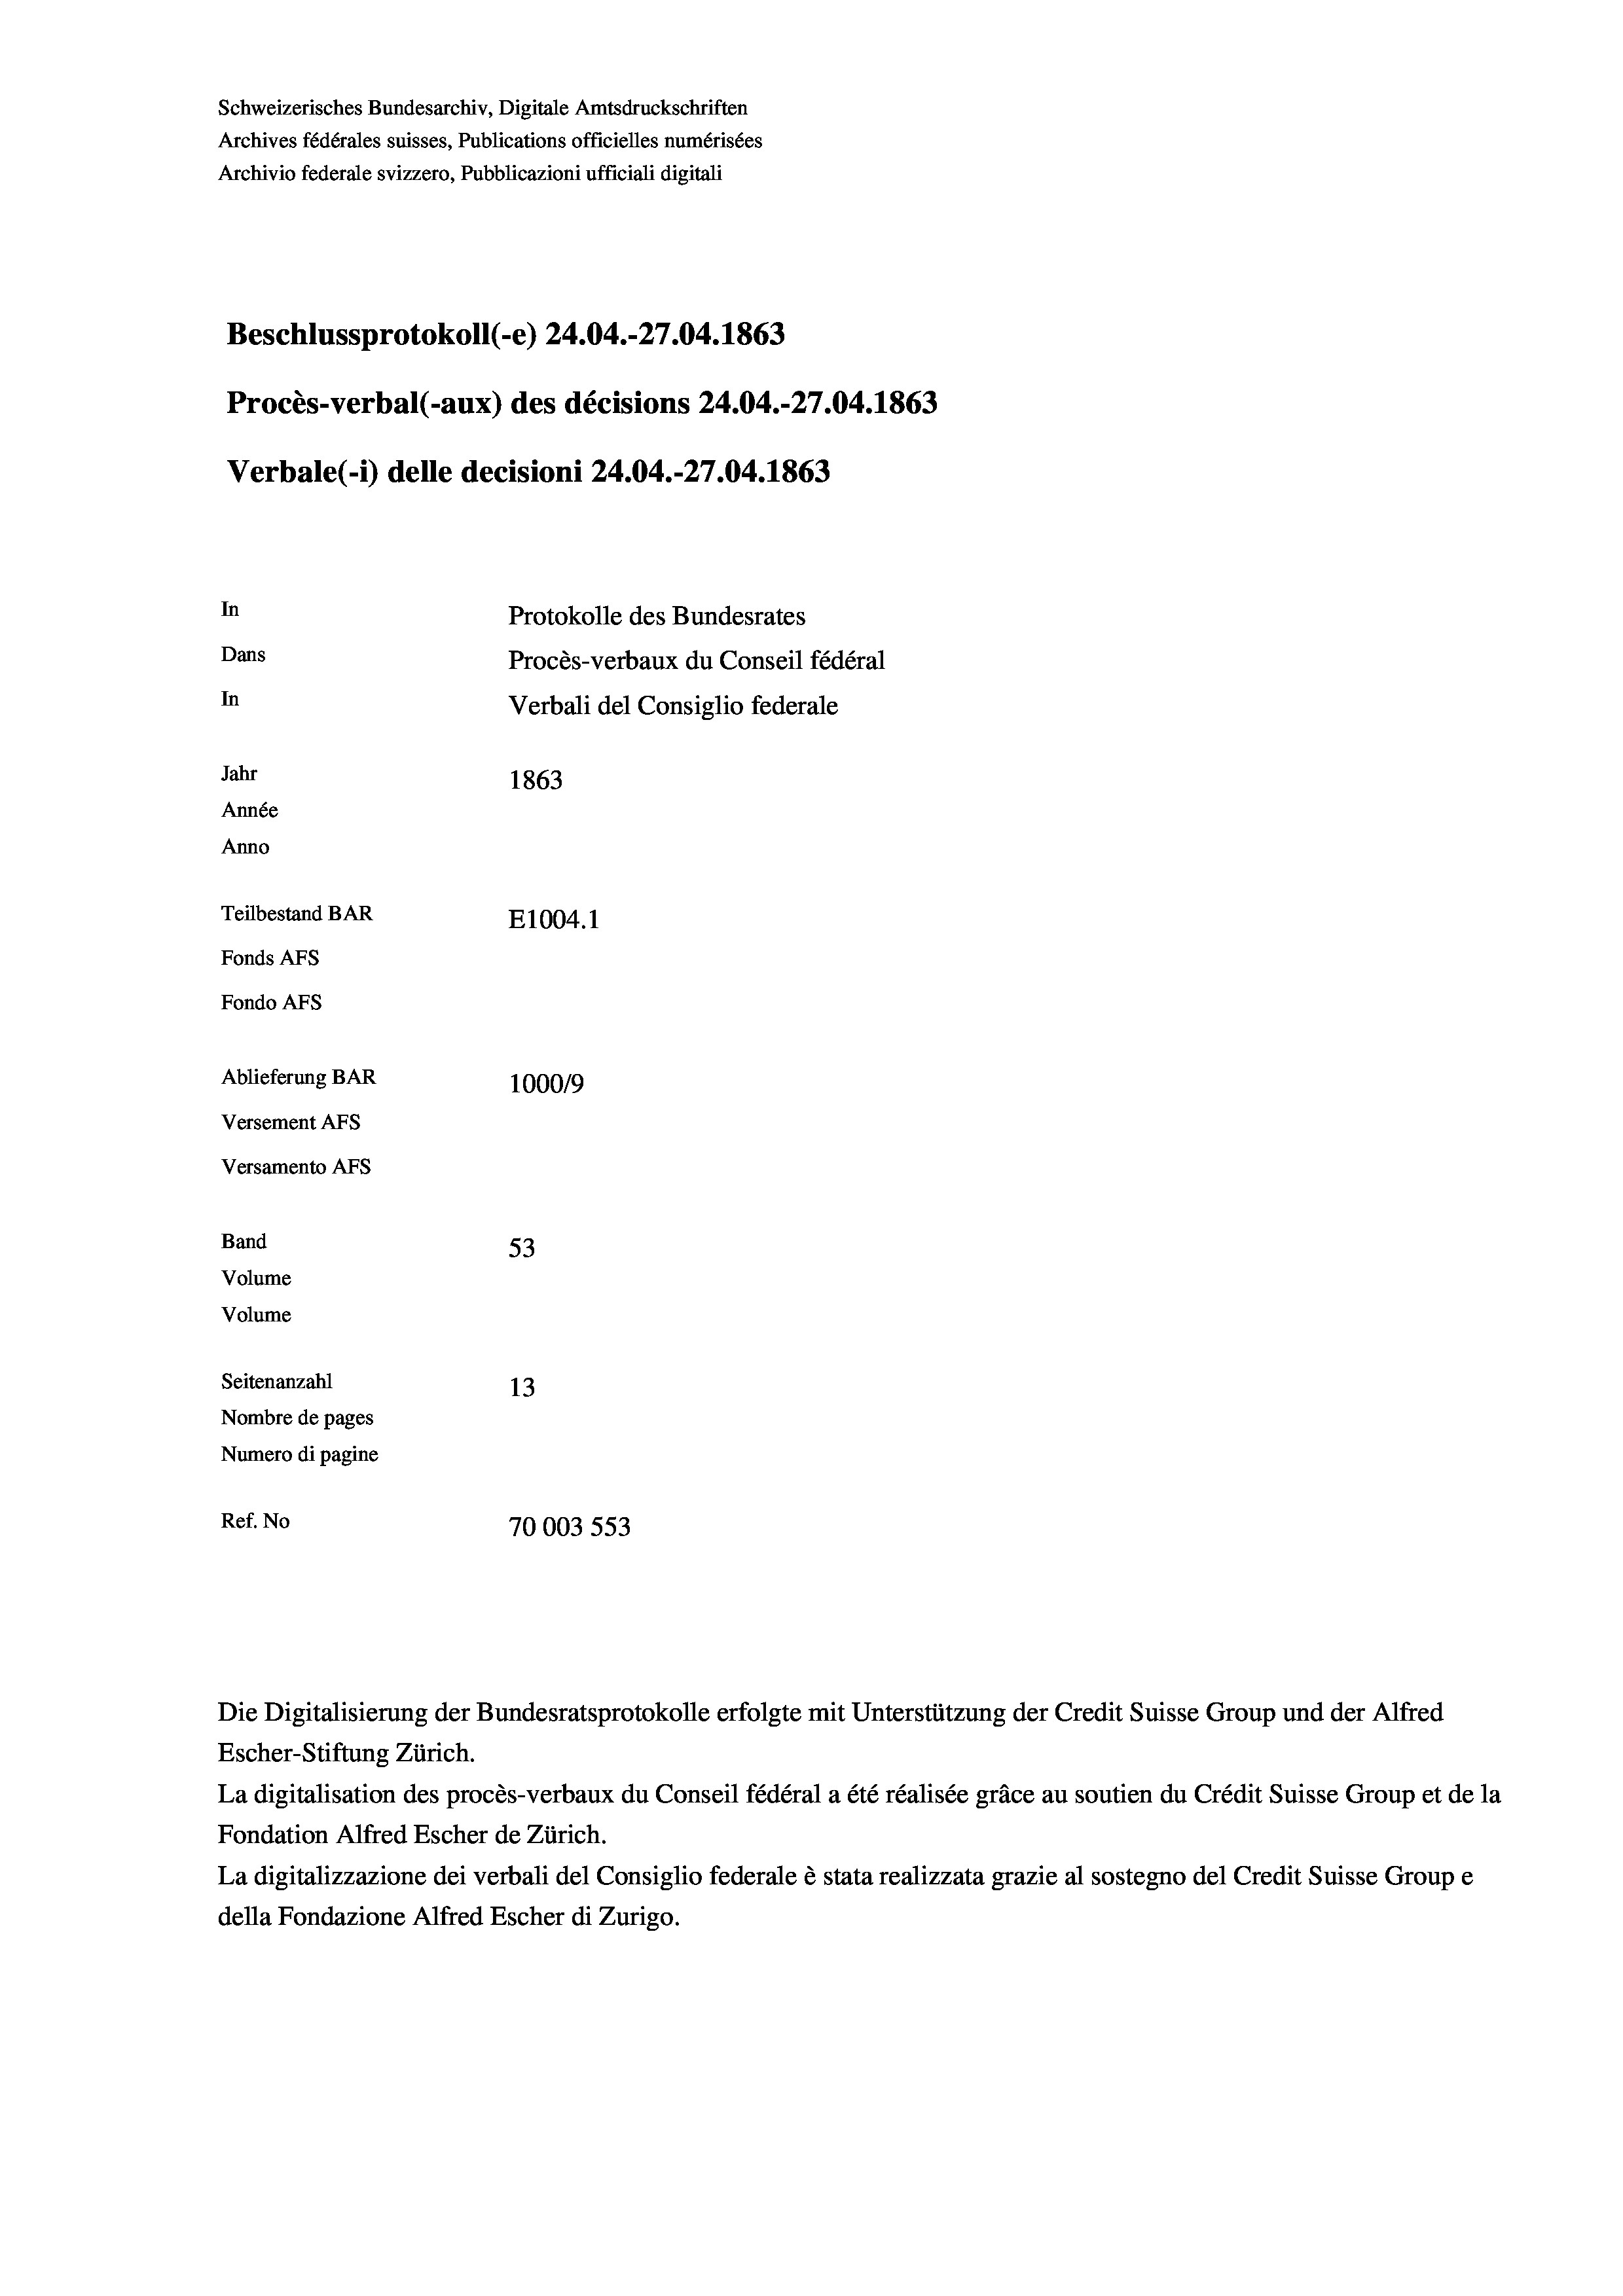
Beschlussprotokoll (-e) 24.04.-27.04. 1863
Procès-verbal (-aux) des décisions 24.04.-27.04. 1863
In
Protokolle des Bundesrates
Dans
Procès-verbaux du Conseil fédéral
In
Verbali del Consiglio federale
Jahr
1863
Année
Anno
Teilbestand BAR
E1004. 1
Fonds AFs
Fondo AFS

Ablieferung BAR
Versement AFs
Versamento AFs
Band
Volume
Volume

Schweizerisches Bundesarchiv, Digitale Amtsdruckschriften
Archives fédérales suisses, Publications officielles numérisées
Archivio federale svizzero, Pubblicazioni ufficiali digitali

Verbale(-*) delle decisioni 24.04.-27.04. 1863

100019
53
Seitenanzahl
13
Nombre de pages
Numero di pagine
Ref. No
70003553

Escher-Stiftung Zürich.
La digitalisation des procès-verbaux du Conseil fédéral a été réalisée gräce au soutien du Crédit Suisse Group et de la
Fondation Alfred Escher de Zürich.
La digitalizzazione dei verbali del Consiglio federale è stata realizzata grazie al sostegno del Credit Suisse Groupe
della Fondazione Alfred Escher di Zurigo.

Die Digitalisierung der Bundesratsprotokolle erfolgte mit Unterstützung der Credit Suisse Group und der Alfred